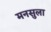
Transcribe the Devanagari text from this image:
मनसुला